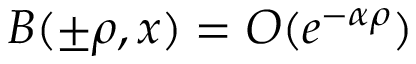
B ( \pm \rho , x ) = O ( e ^ { - \alpha \rho } )